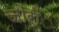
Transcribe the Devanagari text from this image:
जोरोंंं